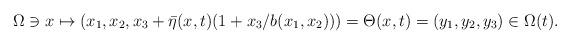
LaTeX: \begin{align*} \Omega \ni x \mapsto (x_1,x_2, x_3 + \bar{\eta}(x,t)(1+ x_3/b(x_1,x_2) )) = \Theta(x,t) = (y_1,y_2,y_3) \in \Omega(t).\end{align*}